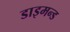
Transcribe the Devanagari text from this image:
डाइमन्ड